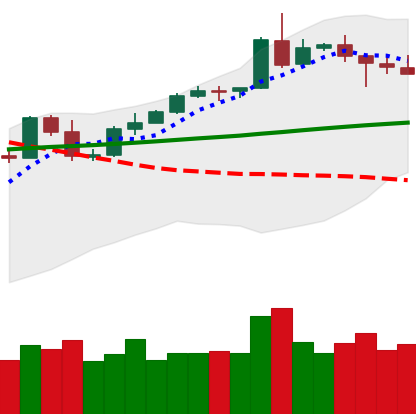
Ticker: ETH-USD
Chart end date: 2020-05-06
Forward return: -8.891%
Label: down_7plus